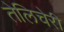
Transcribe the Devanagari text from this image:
तेलिचेरी